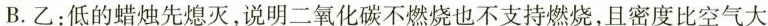
B.乙：低的蜡烛先熄灭，说明二氧化碳不燃烧也不支持燃烧，且密度比空气大